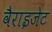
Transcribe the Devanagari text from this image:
वैराइजेट